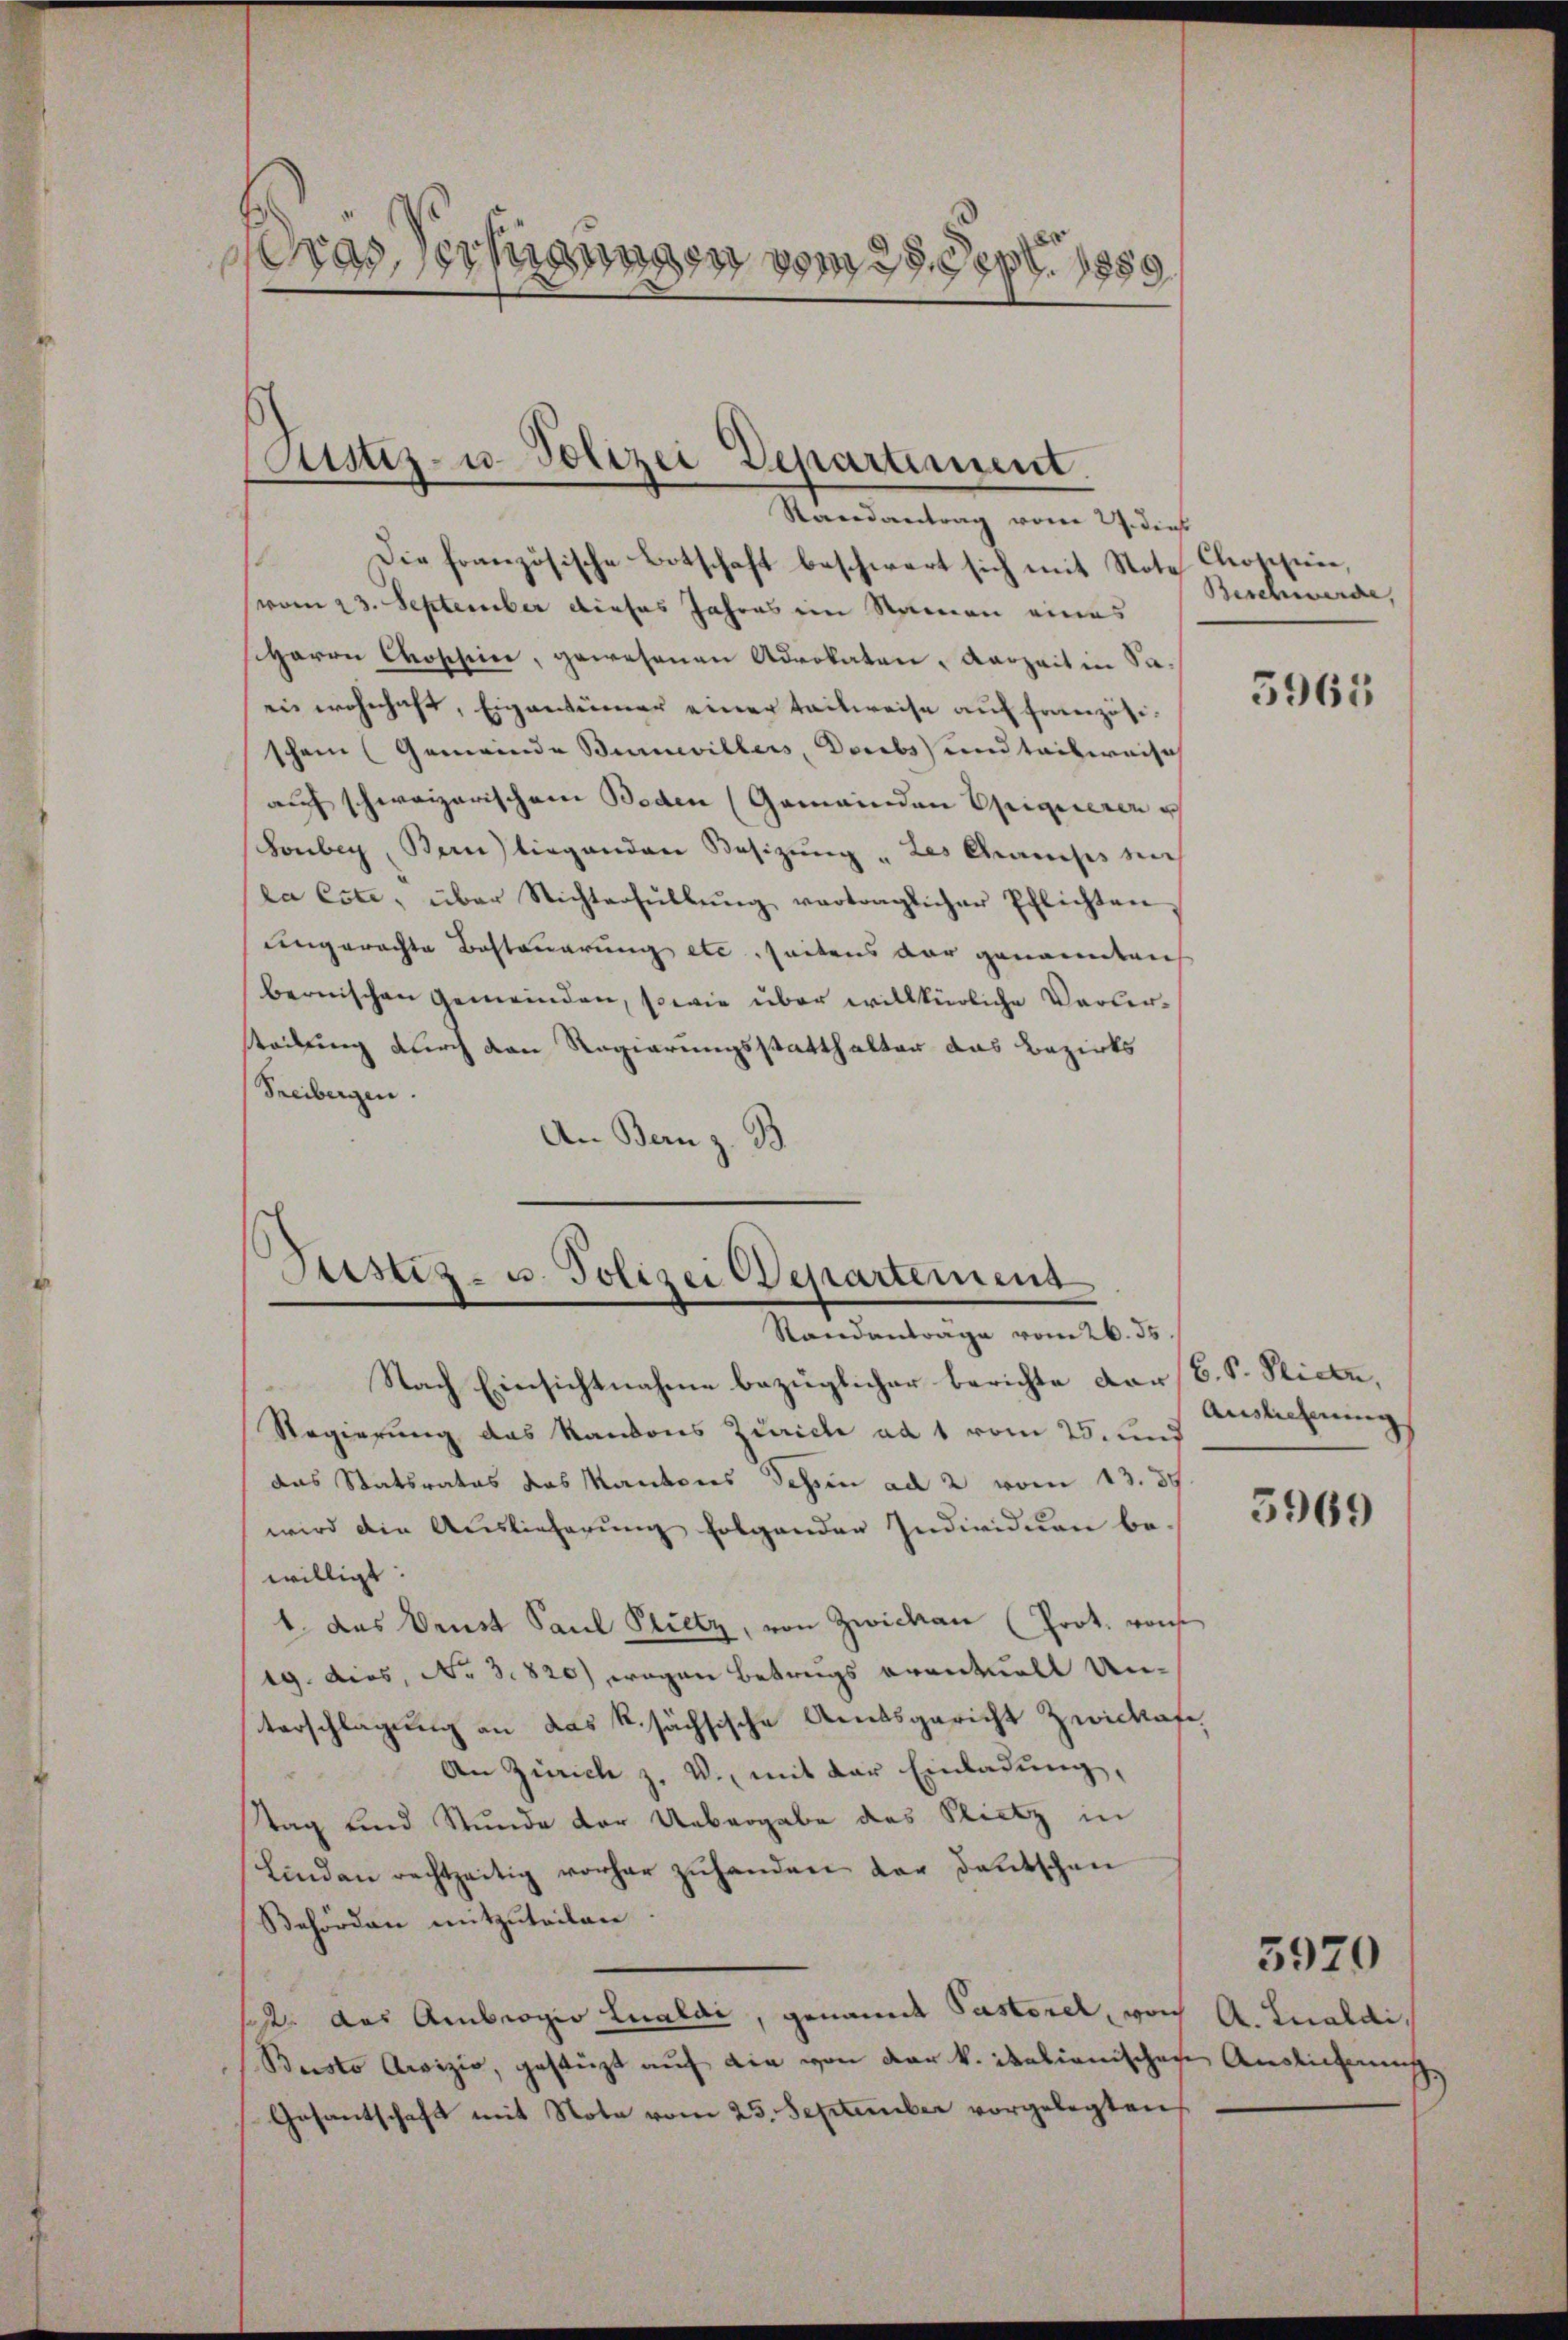
Gras, erhanden vom 25. Sept. 1859

Justiz- u. Polizei Departement.
Randantrag vom 27. dieß

Sistiz- u. Polizei Departemens
Standantrage vom 26. ds.

Nach Einsichtnahme bezüglicher berichte der B. S. Sticen,
Regierung das Randons Zürich ad 1 vom 25. und
das Statsrates das Kantons dessen ad 2 vom 13. 85
wird die Auslieferung folgenden Individuen be-
willigt:
1 das Drust Paul Plietz, von Zwicken (Prot. von
19. dies, No. 3. 820) wegen Betrugs eventuell Unterschlagung an das k. sächsische Amtsgericht Zwickaf
An Zürich z. V., mit der Einladung,
t
ttag und Stunde der Uebergabe des Flietz in
Lindau rechtzeitig vorher zŭhanden der deutschen
Behörden mitzuteilen.
s: das Ambrogio Lualdi, genannt Pastorel, von A. Lualdi¬
Buisto Aevizio, gestüzt auf die von der k. italionischen Auslichnung
Gesantschaft mit Nota vom 25. September vorgelegten

Die französische Botschaft beschwert sich mit Note Choppen,
(vom 23. September dieses Jahres im Namen eines
siherrn Choschein, gewesenen Advokaten, Aarzeit in Saeis wohnhaft, Eigentümer einer teilweise auf Französischen (Gemeinde Bunevillers, Dorebs und teilweise
auf schweizerischen Beden (Gemeinden Epiquieren u
schonberg, Bern liegenden Besizung „Les Chauses nich
la Este, über Nichterfüllŭng vertraglicher Pflichten,
ungerechte Besteuerung etc. seitens der genannten
bernischen Gemeinden, sowie über willkürliche Verlerteilung durch den Regierungsstatthalter das Bezirks
Freibergen.
An Bern z. B.

Beschwerde,

3965

Ausliehnung

5969

5929